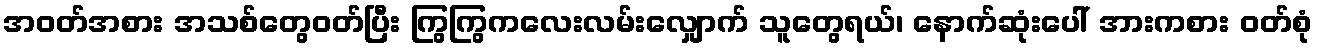
အဝတ်အစား အသစ်တွေဝတ်ပြီး ကြွကြွကလေးလမ်းလျှောက် သူတွေရယ်၊ နောက်ဆုံးပေါ် အားကစား ဝတ်စုံ